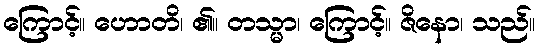
ကြောင့်။ ဟောတိ၊ ၏။ တသ္မာ၊ ကြောင့်။ ဇိနော၊ သည်။